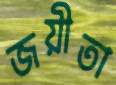
জয়ীতা